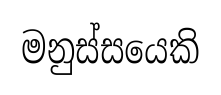
මනුස්සයෙකි